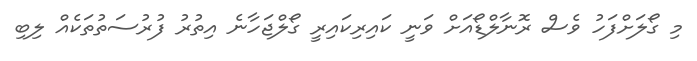
މި ގޯލަށްފަހު ވެސް ރޮނާލްޑޯއަށް ވަނީ ކައިރިކައިރީ ގޯލްޖަހާނެ އިތުރު ފުރުސަތުތަކެއް ލިބި